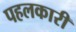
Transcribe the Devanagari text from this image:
पहलकारी